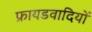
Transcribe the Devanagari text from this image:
फ्रायडवादियों